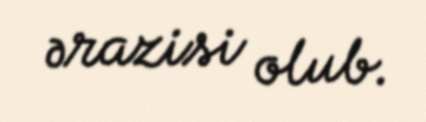
ərazisi olub.